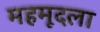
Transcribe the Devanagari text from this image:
महमूदला